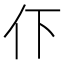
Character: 𬽥